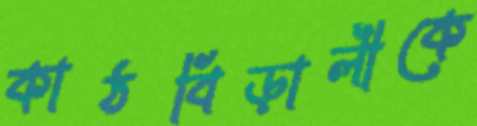
কাঠবিড়ালীকে